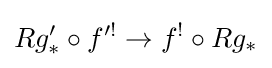
Rg'_{*}\circ f'^{!}\to f^{!}\circ Rg_{*}